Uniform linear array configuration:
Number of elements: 4
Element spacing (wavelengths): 0.75
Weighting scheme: binomial
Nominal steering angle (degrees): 15
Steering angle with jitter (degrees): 15.618
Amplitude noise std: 0.05
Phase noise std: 0.05

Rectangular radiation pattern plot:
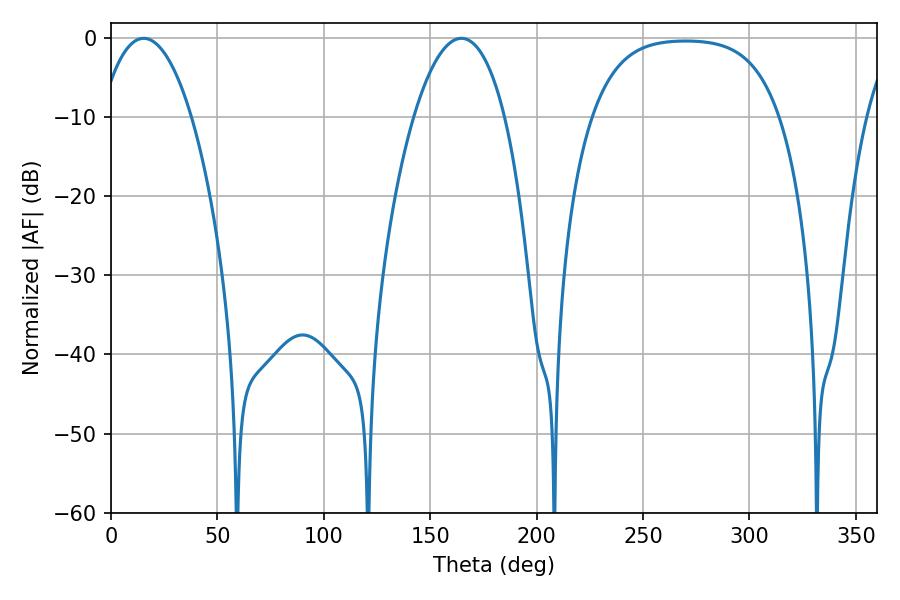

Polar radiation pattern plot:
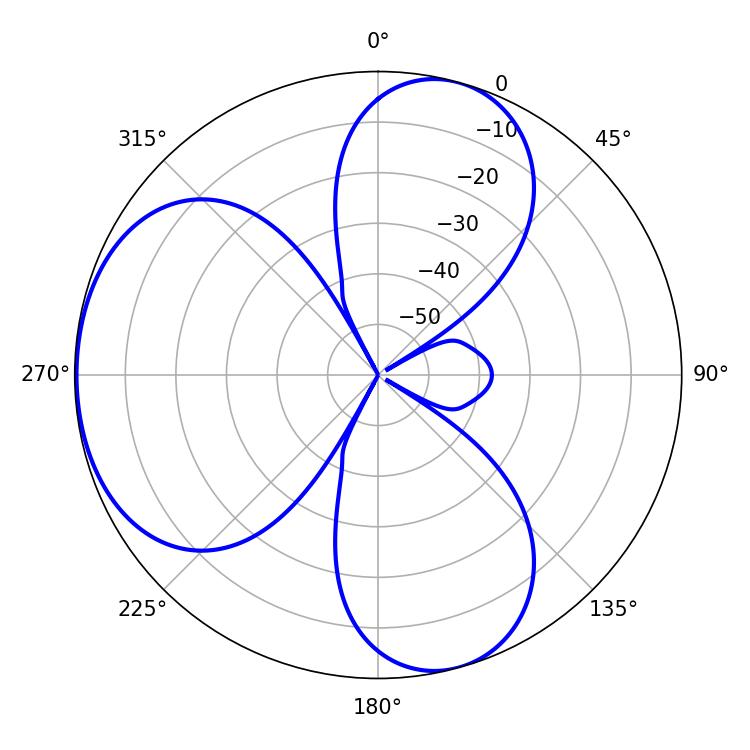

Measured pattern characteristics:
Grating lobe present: TRUE
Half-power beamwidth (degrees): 23.76
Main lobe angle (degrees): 15.3